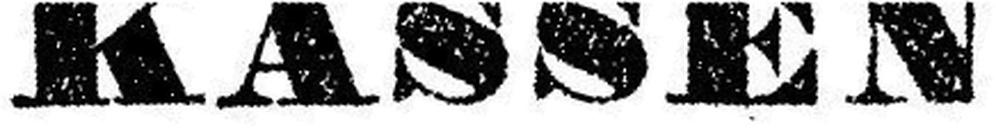
KASSEN